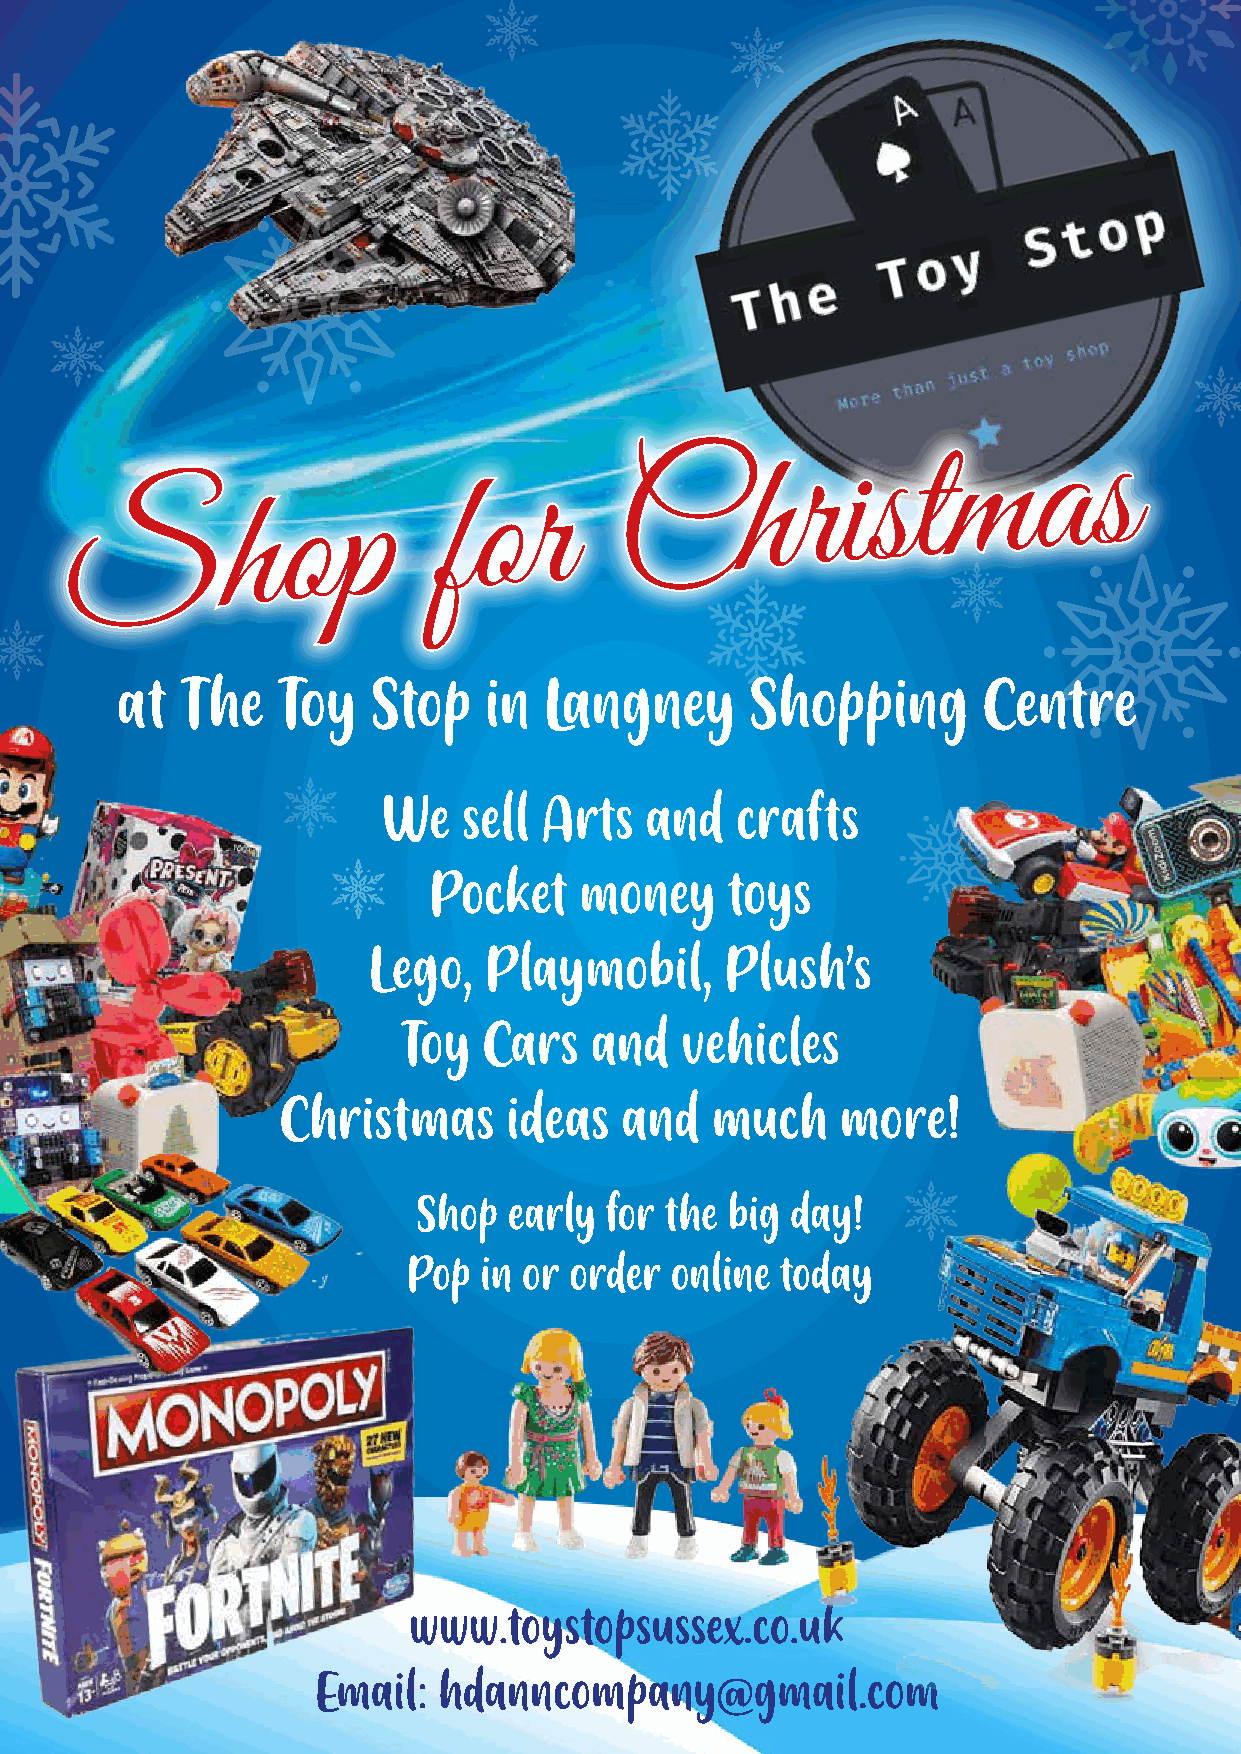
MAGICAL CHRISTMAS
 C       h   r  i s  t m     a   s
 S         h   o   p     f  o  r
 at  The   Toy    Stop   in  Langney       Shopping       Centre
 We    sell Arts   and   crafts
 Pocket    money     toys
 Lego,   Playmobil,      Plush’s
 Toy  Cars   and   vehicles
 Christmas      ideas  and   much     more!
 Shop  early for the big day!
 Pop  in or order online  today
 www.toystopsussex.co.uk
 Email:  hdanncompany@gmail.com